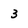
Character: 3